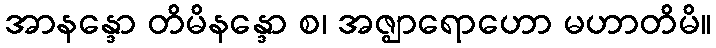
အာနန္ဒော တိမိနန္ဒော စ၊ အဇ္ဈာရောဟော မဟာတိမိ။